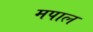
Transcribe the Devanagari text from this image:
मपाल